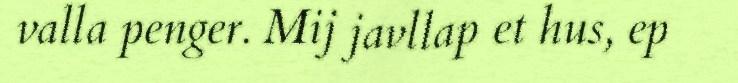
valla penger. Mij javllap et hus, ep